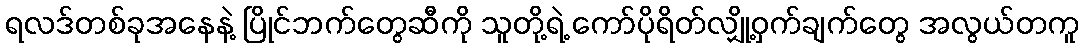
ရလဒ်တစ်ခုအနေနဲ့ ပြိုင်ဘက်တွေဆီကို သူတို့ရဲ့ ကော်ပိုရိတ်လျှို့ဝှက်ချက်တွေ အလွယ်တကူ